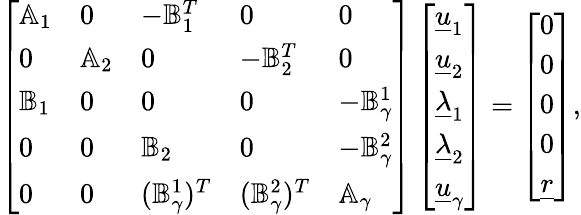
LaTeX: \left[\begin{array}{lllll}{\mathbb{A}_{1}}&{0}&{-\mathbb{B}_{1}^{T}}&{0}&{0}\\ {0}&{\mathbb{A}_{2}}&{0}&{-\mathbb{B}_{2}^{T}}&{0}\\ {\mathbb{B}_{1}}&{0}&{0}&{0}&{-\mathbb{B}_{\gamma}^{1}}\\ {0}&{0}&{\mathbb{B}_{2}}&{0}&{-\mathbb{B}_{\gamma}^{2}}\\ {0}&{0}&{(\mathbb{B}_{\gamma}^{1})^{T}}&{(\mathbb{B}_{\gamma}^{2})^{T}}&{\mathbb{A}_{\gamma}}\end{array}\right]\left[\begin{array}{l}{\underline{{u}}_{1}}\\ {\underline{{u}}_{2}}\\ {\underline{{\lambda}}_{1}}\\ {\underline{{\lambda}}_{2}}\\ {\underline{{u}}_{\gamma}}\end{array}\right]=\left[\begin{array}{l}{0}\\ {0}\\ {0}\\ {0}\\ {\underline{{r}}}\end{array}\right],